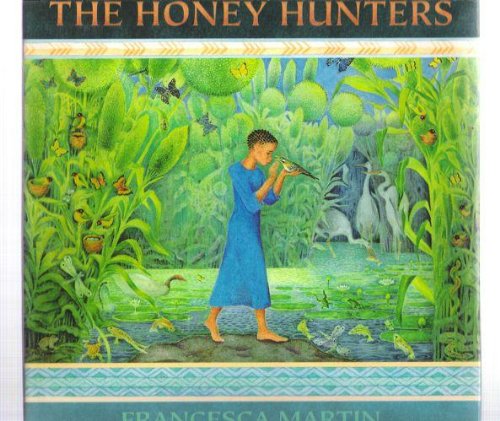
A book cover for The Honey Hunters; Francesca Martin; Children's Books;